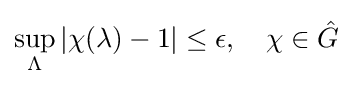
\sup _{\Lambda }|\chi (\lambda )-1|\leq \epsilon ,\quad \chi \in {\hat {G}}